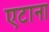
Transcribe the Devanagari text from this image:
एटाना